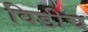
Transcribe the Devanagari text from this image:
विडीच